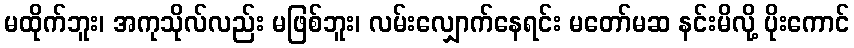
မထိုက်ဘူး၊ အကုသိုလ်လည်း မဖြစ်ဘူး၊ လမ်းလျှောက်နေရင်း မတော်မဆ နင်းမိလို့ ပိုးကောင်